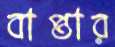
বাপ্তার